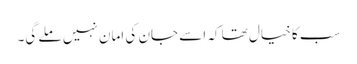
سب کا خیال تھا کہ اسے جان کی امان نہیں ملے گی۔